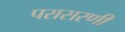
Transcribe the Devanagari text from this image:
परासरणी